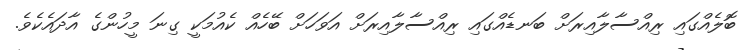
ބޮލެއްގައި ރިއްސާލާއިރަށް ބަނޑެއްގައި ރިއްސާލާއިރަށް އަވަހަށް ބޭހެއް ކެއުމަކީ ގިނަ މީހުންގެ އާދައެކެވެ.